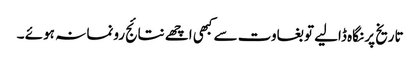
تاریخ پر نگاہ ڈالیے تو بغاوت سے کبھی اچھے نتائج رونما نہ ہوئے ۔